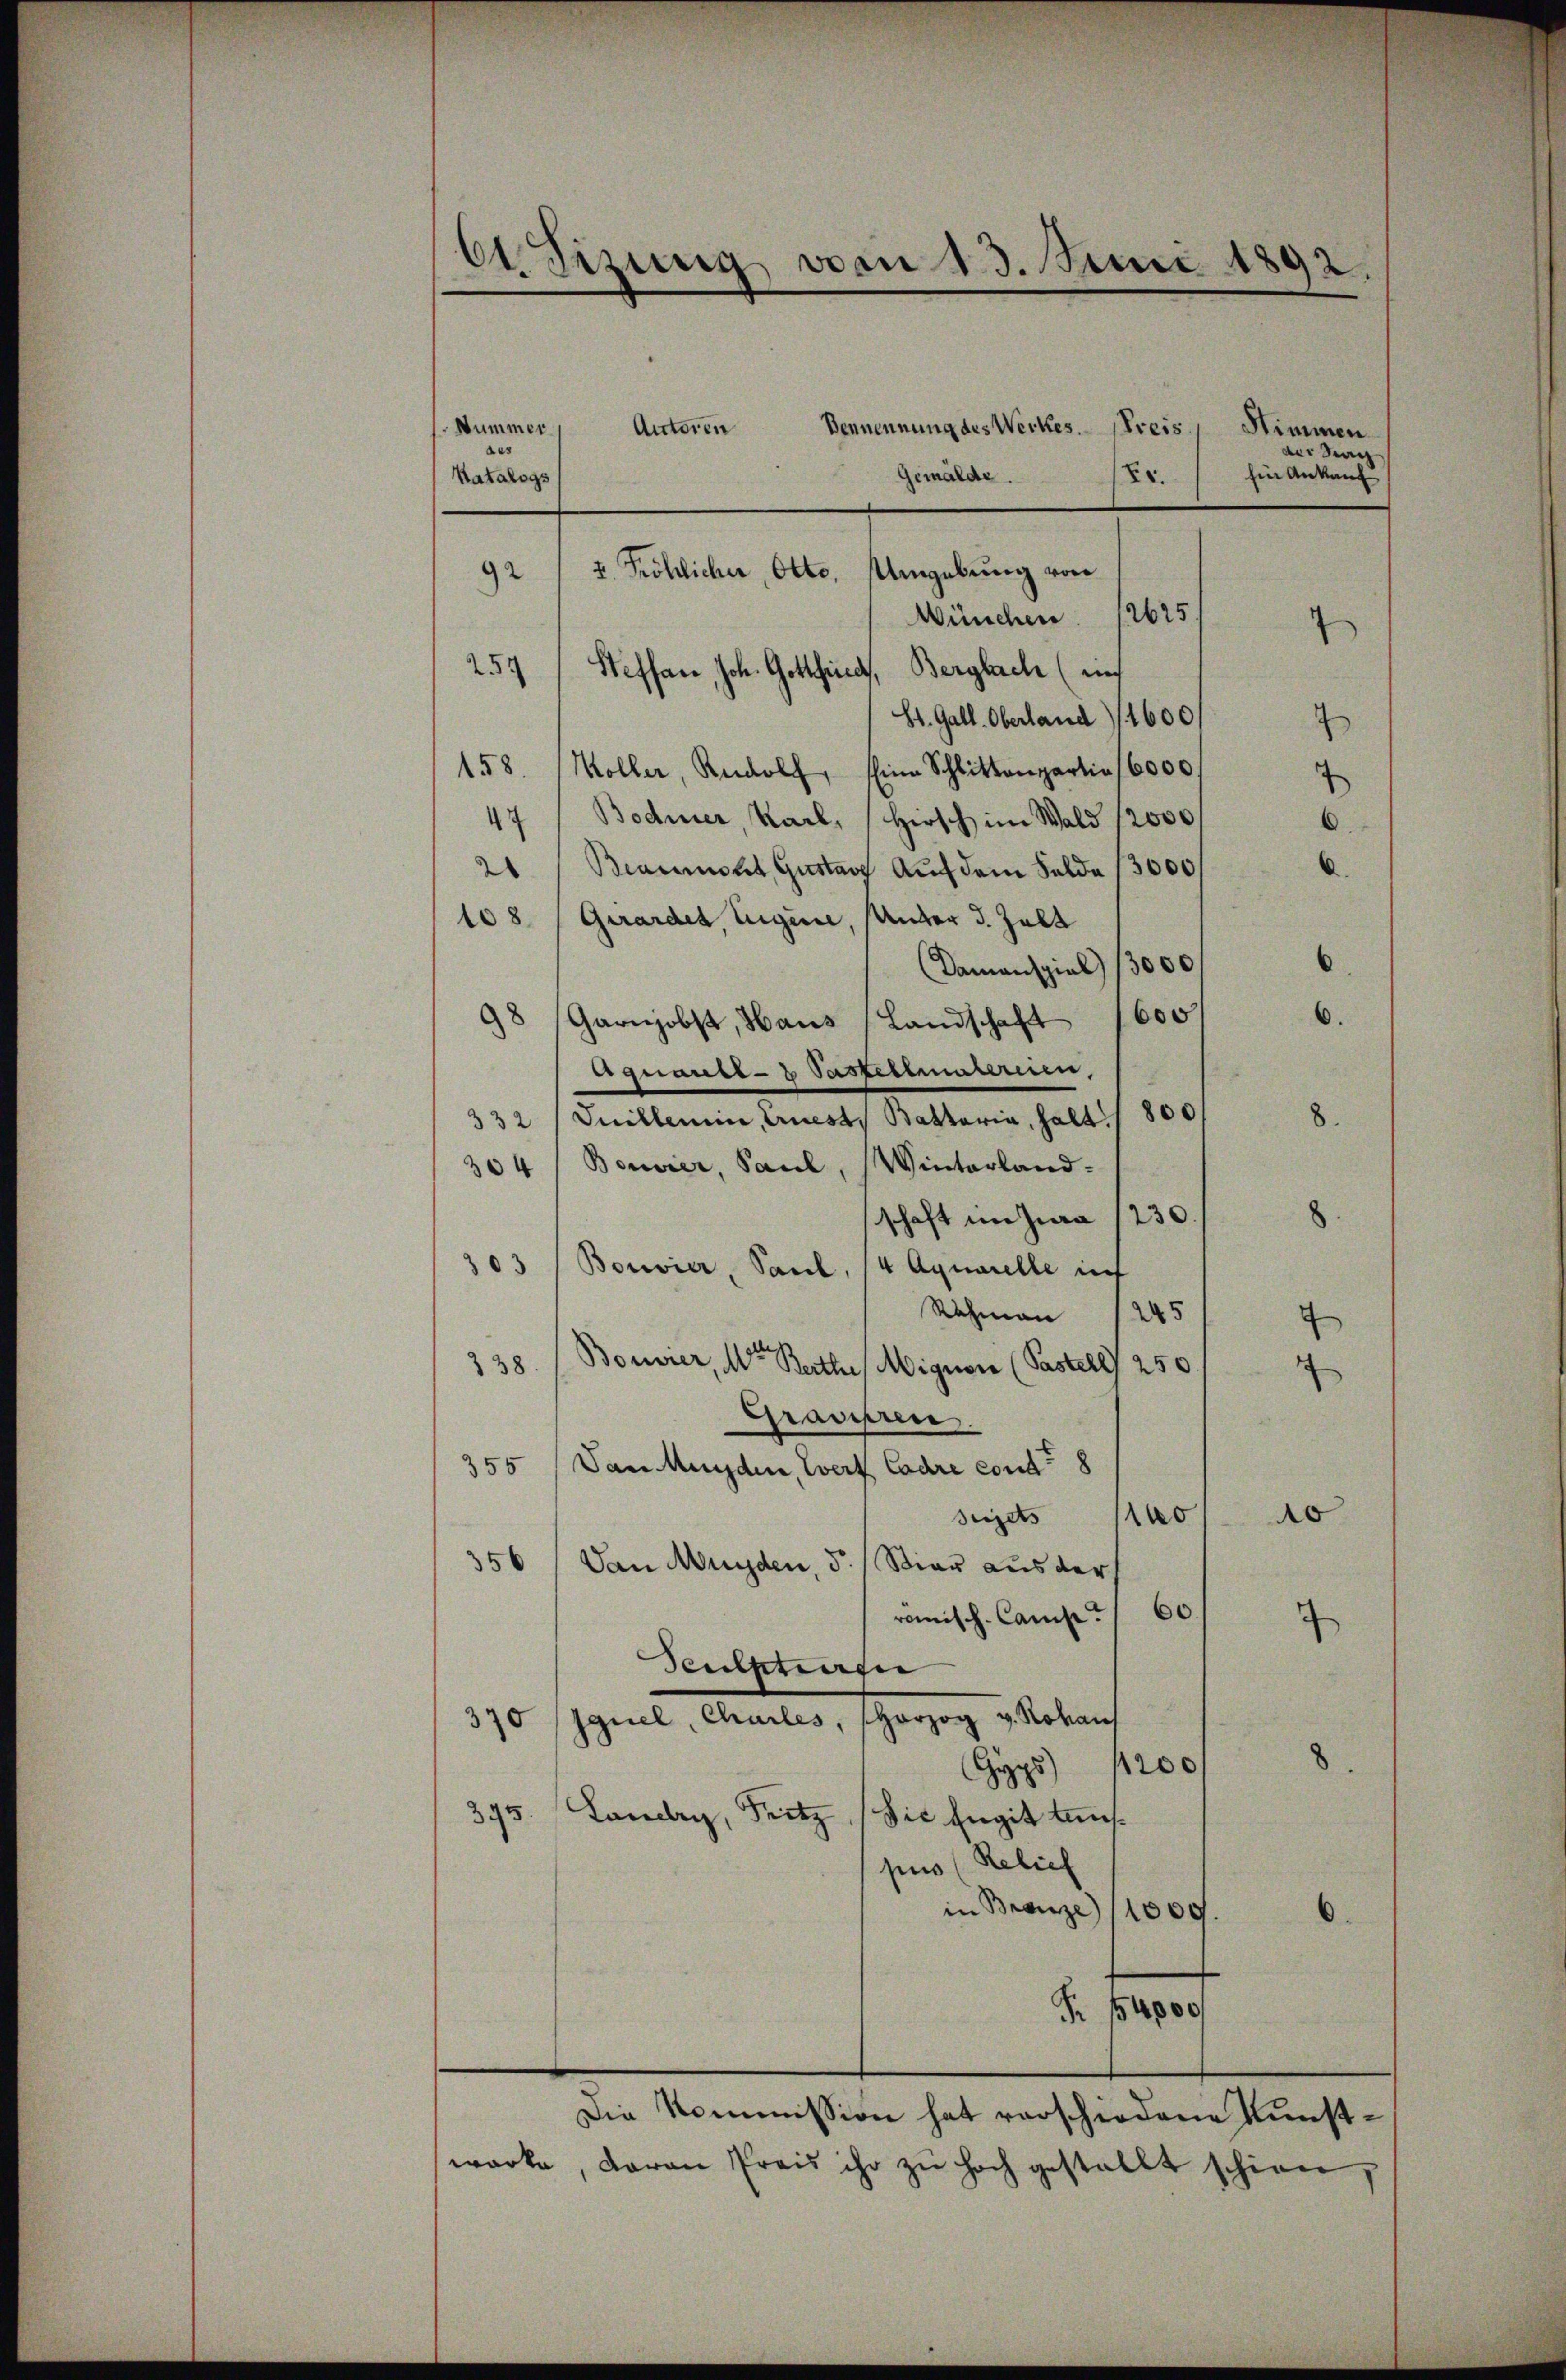
61. Fizung von 13. Juni 1892.

Nummer
Bennennung des Werkes Preis
Autoren
Gemälde.
Er.
Katalogs
I. Fröhlicher, Otto. Umgebung von
92
Wünchen. 2625
257/ Steffan, Joh. Gottfried, Bergbach (nich
St. Gall. Oberland (1600
158. Möller, Rudolf, Eine Schlittenpartie 6000.
47 / Bodmer, Karl, Hirsch im Wald 12000
21 / Beaumont, Gustav Aŭf dem Felde 13000
108 / Girardes Eugenie, Unter J. Zall
Damanspiel 13000
98 Garnobst, Haus Landschaft 1600.
Aquaube- u Pastellmatriren,
332 / Juillemin, Ernest. Battaria, halt / 800
304 / Bonier, Paul, Winterland-
schaft im Jura /230.
303 / Bouvier, Saul, (4 Aquarelle in
Rahmann (245
338 (Borrer, Meter Berthe Mignon (Pastell) 250
Grasiren,
355 (Dan Munden, Wert Cadre const 8
1
seizers
356 (Dan Munden, 5./ Siar aus der
romisch-Comp. 60.
Teutschien
370 /Iguel, Churles, Herzog v. Rohaus
yps 1200
395. Lander, Fritz (die Engit tauspus (Relief
in Branze 11000.
.
§ 14000
Die Kommission hat verschiedene Kunstwarke, daran Preis ihr zŭ hoch gestellt schien,

4

Stimmen
Sag
fin Ankauf

7

8.

do

.

6.